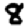
Digit: 8